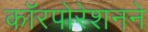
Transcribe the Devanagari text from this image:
काॅरपोरेशनने